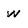
Character: W